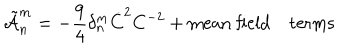
\tilde { \cal A } _ { n } ^ { m } = - \frac { 9 } { 4 } \delta _ { n } ^ { m } \dot { C } ^ { 2 } C ^ { - 2 } + \mathrm { m e a n ~ f i e l d ~ t e r m s }